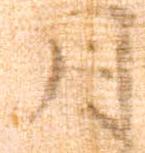
月